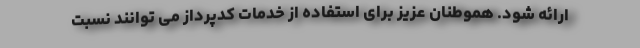
ارائه شود. هموطنان عزیز برای استفاده از خدمات کدپرداز می توانند نسبت